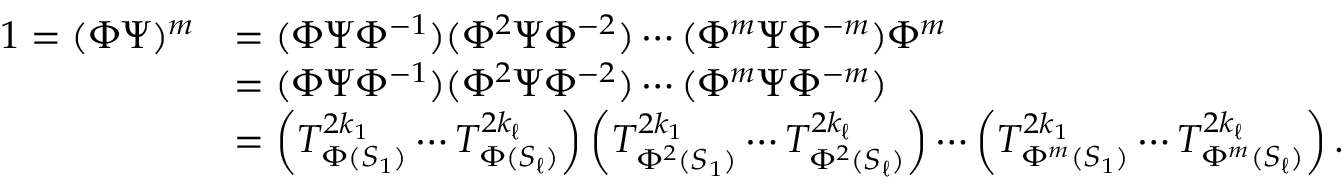
\begin{array} { r l } { 1 = ( \Phi \Psi ) ^ { m } } & { = ( \Phi \Psi \Phi ^ { - 1 } ) ( \Phi ^ { 2 } \Psi \Phi ^ { - 2 } ) \cdots ( \Phi ^ { m } \Psi \Phi ^ { - m } ) \Phi ^ { m } } \\ & { = ( \Phi \Psi \Phi ^ { - 1 } ) ( \Phi ^ { 2 } \Psi \Phi ^ { - 2 } ) \cdots ( \Phi ^ { m } \Psi \Phi ^ { - m } ) } \\ & { = \left( T _ { \Phi ( S _ { 1 } ) } ^ { 2 k _ { 1 } } \cdots T _ { \Phi ( S _ { \ell } ) } ^ { 2 k _ { \ell } } \right) \left( T _ { \Phi ^ { 2 } ( S _ { 1 } ) } ^ { 2 k _ { 1 } } \cdots T _ { \Phi ^ { 2 } ( S _ { \ell } ) } ^ { 2 k _ { \ell } } \right) \cdots \left( T _ { \Phi ^ { m } ( S _ { 1 } ) } ^ { 2 k _ { 1 } } \cdots T _ { \Phi ^ { m } ( S _ { \ell } ) } ^ { 2 k _ { \ell } } \right) . } \end{array}